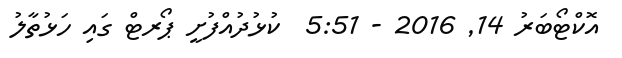
އޮކްޓޯބަރު 14